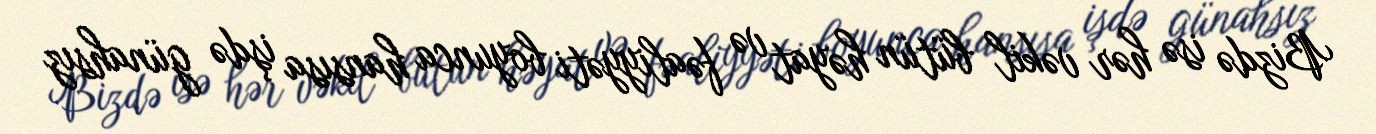
Bizdə isə hər vəkil bütün həyat və fəaliyyəti boyunca hansısa işdə günahsız